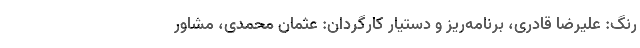
رنگ: علیرضا قادری، برنامه‌ریز و دستیار کارگردان: عثمان محمدی، مشاور